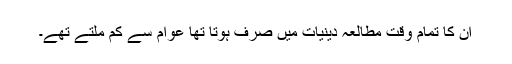
ان کا تمام وقت مطالعہ دینیات میں صرف ہوتا تھا عوام سے کم ملتے تھے۔